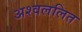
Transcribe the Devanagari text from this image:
अश्वललित